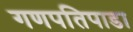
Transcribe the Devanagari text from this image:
गणपतिपाडा